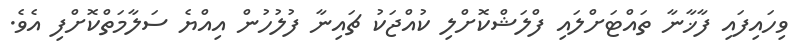
ވިހައިފައި ފާޚާނާ ތައްޓަށްލައި ފްލަޝްކޮށްލި ކުއްޖަކު ޗައިނާ ފުލުހުން އިއްޔެ ސަލާމަތްކޮށްފި އެވެ.